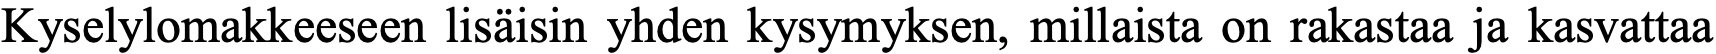
Kyselylomakkeeseen lisäisin yhden kysymyksen, millaista on rakastaa ja kasvattaa